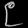
Digit: ၉